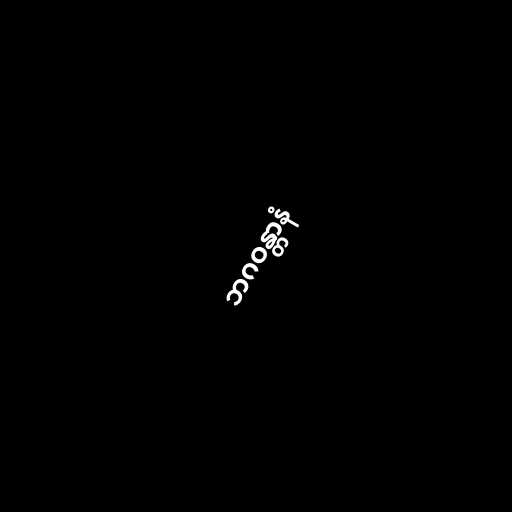
ဘဂဝန္တာနံ